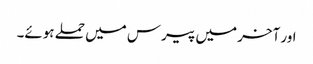
اور آخر میں پیرس میں حملے ہوئے۔